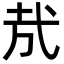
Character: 㢤